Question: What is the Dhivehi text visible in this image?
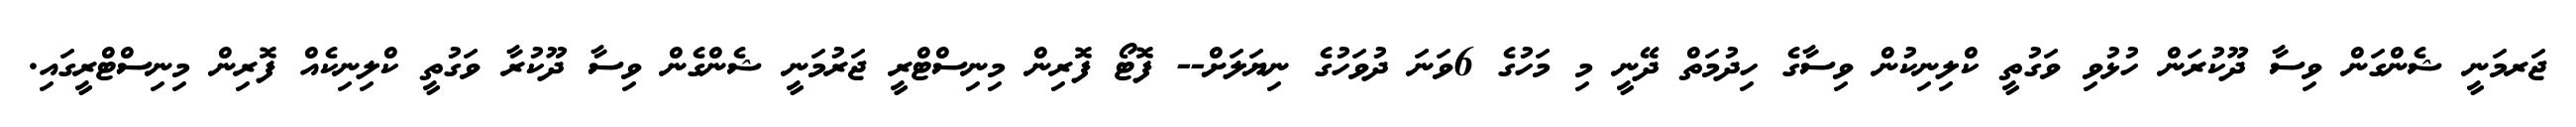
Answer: ޖަރމަނީ ޝެންގަން ވިސާ ދޫކުރަން ހުޅުވި ވަގުތީ ކްލިނިކުން ވިސާގެ ހިދުމަތް ދޭނީ މި މަހުގެ 6ވަނަ ދުވަހުގެ ނިޔަލަށް-- ފޮޓޯ ފޮރިން މިނިސްޓްރީ ޖަރުމަނީ ޝެންގެން ވިސާ ދޫކުރާ ވަގުތީ ކްލިނިކެއް ފޮރިން މިނިސްޓްރީގައި.